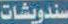
سندويشات